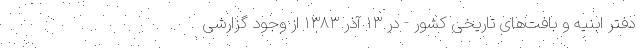
دفتر ابنیه و بافت‌های تاریخی کشور - در ۱۳ آذر ۱۳۸۳ از وجود گزارشی